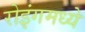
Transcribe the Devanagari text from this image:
रोइंगमध्ये